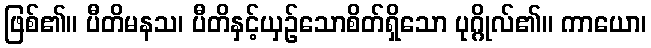
ဖြစ်၏။ ပီတိမနသ၊ ပီတိနှင့်ယှဉ်သောစိတ်ရှိသော ပုဂ္ဂိုလ်၏။ ကာယော၊